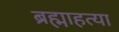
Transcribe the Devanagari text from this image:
ब्रह्माहत्या